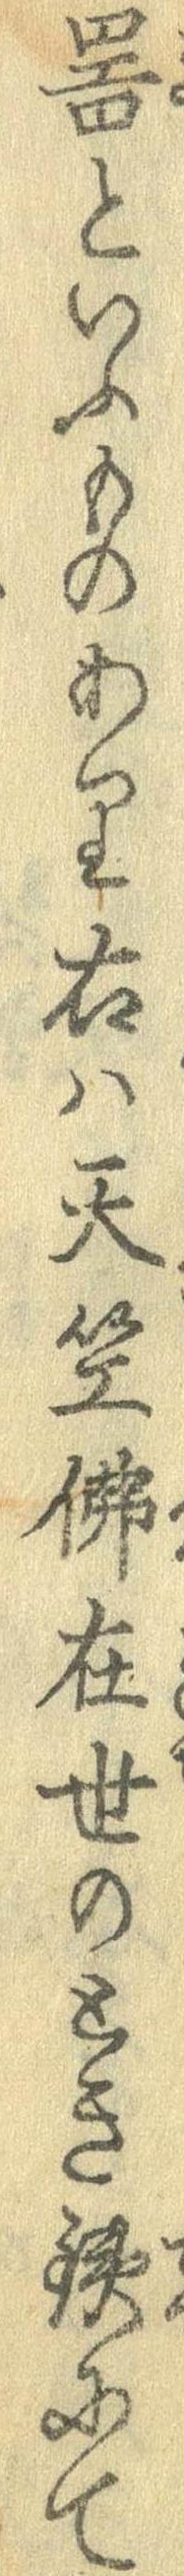
器といふものあり右は天笠仏在世のとき鉄にて